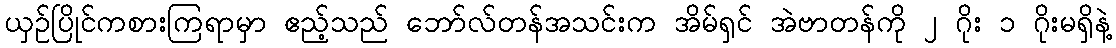
ယှဉ်ပြိုင်ကစားကြရာမှာ ဧည့်သည် ဘော်လ်တန်အသင်းက အိမ်ရှင် အဲဗာတန်ကို ၂ ဂိုး ၁ ဂိုးမရှိနဲ့